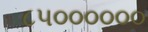
૮૫૦૦૦૦૦૦